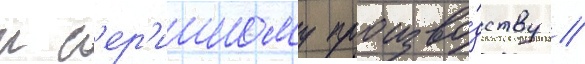
к с'ер'ииному произво́дству //